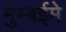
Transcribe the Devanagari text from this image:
मुम्बईमे